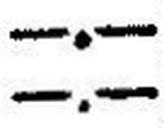
—.—